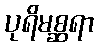
ပုရိမစ္ဆရာ